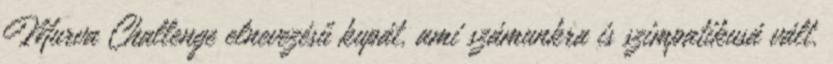
Murva Challenge elnevezésű kupát, ami számunkra is szimpatikusá vált.